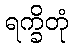
ရက္ခိတုံ